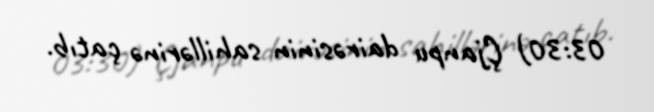
03:30) Çjanpu dairəsinin sahillərinə çatıb.